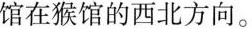
馆在猴馆的西北方向。